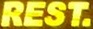
REST.